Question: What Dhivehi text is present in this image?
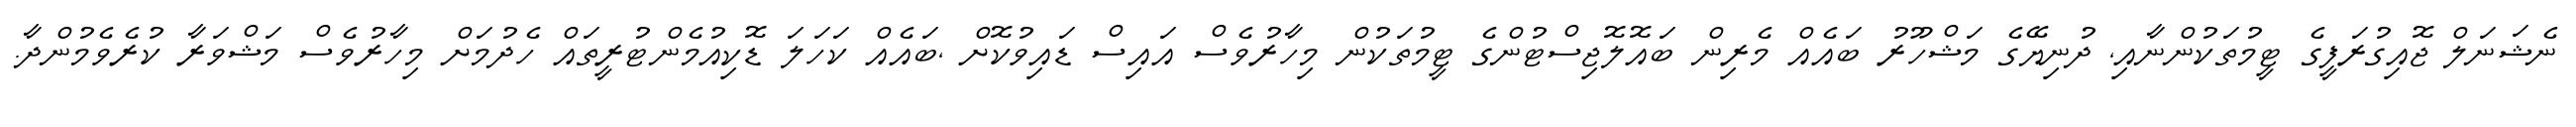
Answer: ނެޝަނަލް ޖޮއިގުރަފީގެ ޓީމުތަކުންނާއި, ދުނިޔޭގެ މަޝްހޫރު ބައެއް މެރިން ބައޮލޮޖިސްޓުންގެ ޓީމުތަކުން މިހާރުވެސް އައިސް ޑައިވުކޮށް ,ބައެއް ކަހަލަ ޑޮކިއުމެންޓުރީތައް ހެދުމަށް މިހާރުވެސް މަޝްވަރާ ކުރެވެމުންދާ.